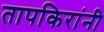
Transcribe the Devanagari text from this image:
तापकिरांनी